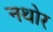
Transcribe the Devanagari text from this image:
नथोर